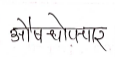
मजकूर: औषधोपचार